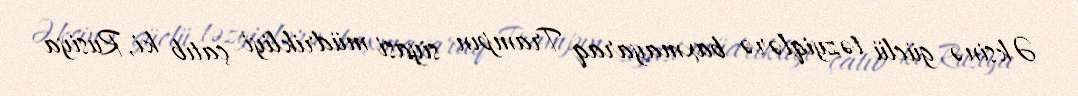
Əksinə güclü təzyiqlərə baxmayaraq Trampın siyasi müdrikliyi çatıb ki, Rusiya